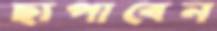
ছাপাবেন